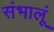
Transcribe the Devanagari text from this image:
संभालूं